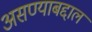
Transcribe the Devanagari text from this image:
असण्याबद्दाल